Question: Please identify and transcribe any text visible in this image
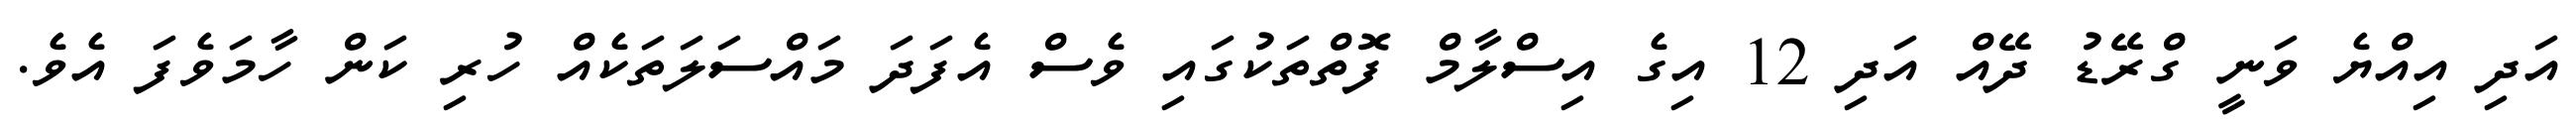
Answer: އަދި އިއްޔެ ވަނީ ގްރޭޑު ދޭއް އަދި 12 އިގެ އިސްލާމް ފޮތްތަކުގައި ވެސް އެފަދަ މައްސަލަތަކެއް ހުރި ކަން ހާމަވެފަ އެވެ.